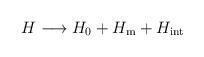
LaTeX: \begin{align*}H \longrightarrow H_0 + H_{\mathrm{m}} + H_{\mathrm{int}}\end{align*}